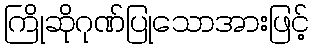
ကြိုဆိုဂုဏ်ပြုသောအားဖြင့်